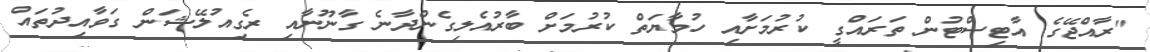
"ރާއްޖޭގެ އާޓިސްޓުން ތަރައްގީ ކުރުމަށާއި ހުމާޔަތް ކުރުމަށް ބާރުއެލިގެންދާނެ ގާނޫނާއި ރެގިއުލޭޝަން ގަވާއިދުތައް